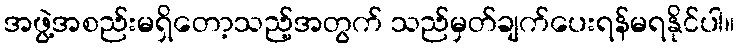
အဖွဲ့အစည်းမရှိတော့သည့်အတွက် သည်မှတ်ချက်ပေးရန်မရနိုင်ပါ။